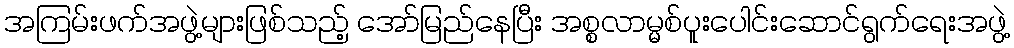
အကြမ်းဖက်အဖွဲ့များဖြစ်သည့် အော်မြည်နေပြီး အစ္စလာမ္မစ်ပူးပေါင်းဆောင်ရွက်ရေးအဖွဲ့